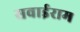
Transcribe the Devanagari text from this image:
सवाईराम